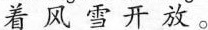
着风雪开放。